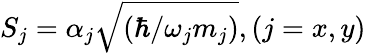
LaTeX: S_{j}=\mathcal{\alpha}_{j}\sqrt{(\hbar/\omega_{j}m_{j})},(j=x,y)